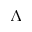
\Lambda